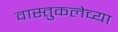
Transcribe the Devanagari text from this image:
वास्तुकलेच्या